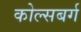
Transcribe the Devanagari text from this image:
कोल्सबर्ग